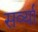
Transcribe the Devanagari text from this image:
सर्व्या